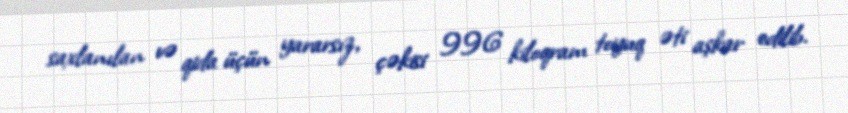
saxlanılan və qida üçün yararsız, çəkisi 996 kiloqram toyuq əti aşkar edilib.